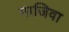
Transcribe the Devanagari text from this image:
माजिवा